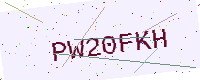
Text: PW20FKH